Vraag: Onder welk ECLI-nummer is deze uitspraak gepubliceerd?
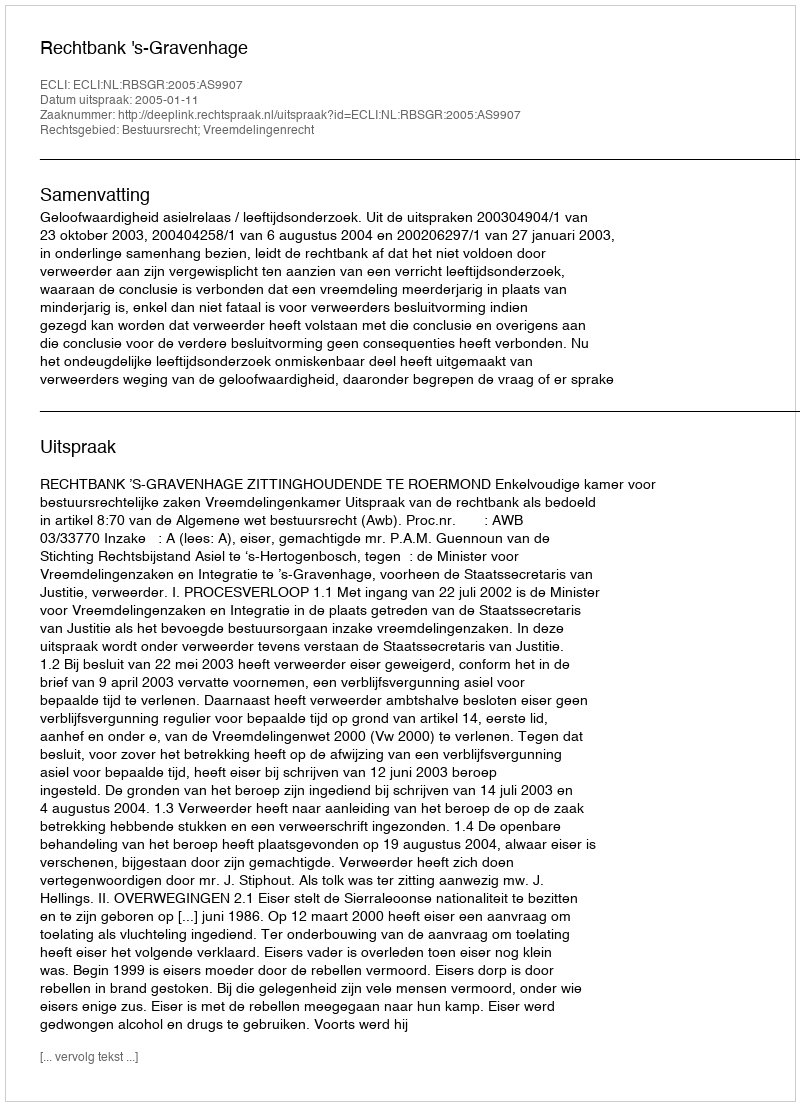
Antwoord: ECLI:NL:RBSGR:2005:AS9907